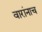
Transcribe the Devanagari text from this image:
वारांनाच